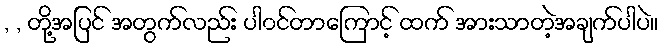
, , တို့အပြင် အတွက်လည်း ပါ၀င်တာကြောင့် ထက် အားသာတဲ့အချက်ပါပဲ။